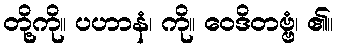
တို့ကို။ ပဟာနံ၊ ကို။ ဝေဒိတဗ္ဗံ၊ ၏။